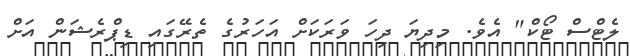
ލެޓްސް ޓޯކް" އެވެ. މިދިޔަ ދިހަ ވަރަކަށް އަހަރުގެ ތެރޭގައި ޑިޕްރެޝަން އަށް